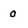
Character: 0